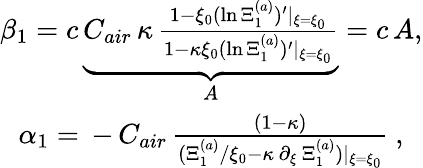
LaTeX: \begin{array}{r}{\beta_{1}=c\, \underbrace{C_{air}\, \kappa\, \frac{1-\xi_{0}(\ln{\Xi_{1}^{(a)}})^{\prime}\vert_{\xi=\xi_{0}}}{1-\kappa\xi_{0}(\ln{\Xi_{1}^{(a)}})^{\prime}\vert_{\xi=\xi_{0}}}}_{A}=c\, A,}\\ {\alpha_{1}=\, -\, C_{air}\, \frac{(1-\kappa)}{(\Xi_{1}^{(a)}/\xi_{0}-\kappa\, \partial_{\xi}\, \Xi_{1}^{(a)})\vert_{\xi=\xi_{0}}}\ ,\ \ }\end{array}